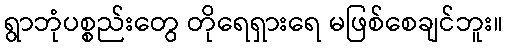
ရွာဘုံပစ္စည်းတွေ တိုရေရှားရေ မဖြစ်စေချင်ဘူး။